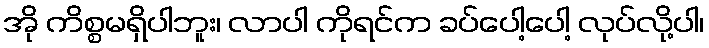
အို ကိစ္စမရှိပါဘူး၊ လာပါ ကိုရင်က ခပ်ပေါ့ပေါ့ လုပ်လို့ပါ၊